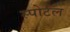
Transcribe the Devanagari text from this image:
स्पोर्टल